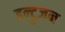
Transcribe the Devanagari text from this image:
इन्ट्रुज़न